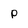
Character: p